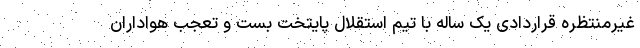
غیرمنتظره قراردادی یک ساله با تیم استقلال پایتخت بست و تعجب هواداران